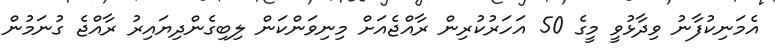
އެމަނިކުފާނު ވިދާޅުވީ މީގެ 50 އަހަރުކުރިން ރާއްޖެއަށް މިނިވަންކަން ލިބިގެންދިޔައިރު ރާއްޖެ ގުނަމުން